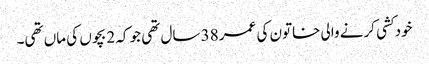
خودکشی کرنے والی خاتون کی عمر 38 سال تھی جو کہ 2 بچوں کی ماں تھی۔